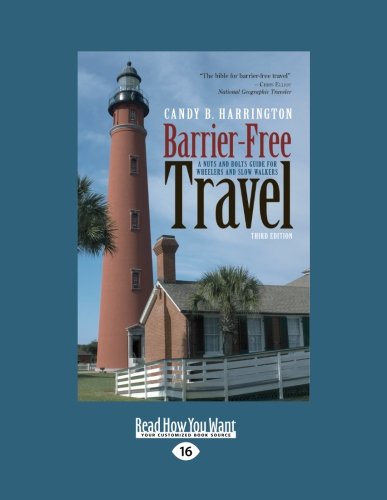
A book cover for Barrier-Free Travel: A Nuts and Bolts Guide for Wheelers and Slow Walkers, 3rd Edition; Candy B. Harrington; Travel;